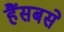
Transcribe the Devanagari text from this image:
हैंसबसे